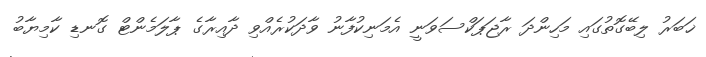
ޚަބަރު ލިބޭގޮތުގައި މަހިންދަ ރާޖަޕަކްސަވަނީ އެމަނިކުފާނު ވާދަކުރެއްވި ދާއިރާގެ ޕާލަމެންޓް ގޮނޑި ކާމިޔާބު